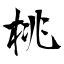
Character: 桃